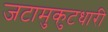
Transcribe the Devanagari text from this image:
जटामुकुटधारी